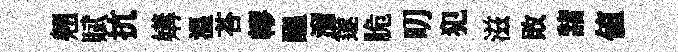
翹賦抗媾溫荅轇醖溜篴脆叨犯滋敗諸値